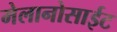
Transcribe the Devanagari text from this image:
मेलानोसाईट